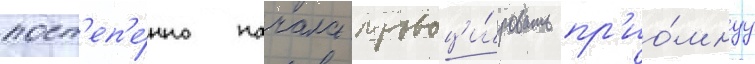
пост'еп'е́нно начала провоци́ровать пр'ио́мнуу